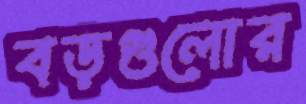
বড়গুলোর